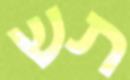
תש